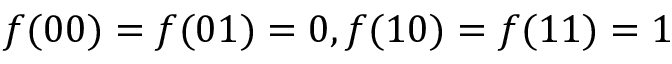
f ( 0 0 ) = f ( 0 1 ) = 0 , f ( 1 0 ) = f ( 1 1 ) = 1